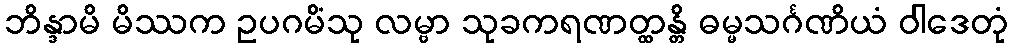
ဘိန္ဒာမိ မိဿက ဥပဂမိံသု လမ္ဗာ သုခကရဏတ္ထန္တိ ဓမ္မသင်္ဂဏိယံ ဝါဒေတုံ